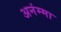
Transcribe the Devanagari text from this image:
अनंम्मा